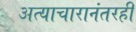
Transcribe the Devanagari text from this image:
अत्याचारानंतरही